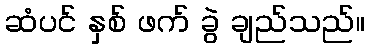
ဆံပင် နှစ် ဖက် ခွဲ ချည်သည်။